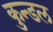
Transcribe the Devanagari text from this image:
कुन्डल